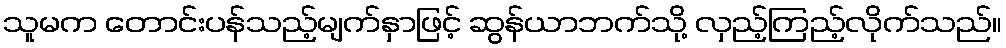
သူမက တောင်းပန်သည့်မျက်နှာဖြင့် ဆွန်ယာဘက်သို့ လှည့်ကြည့်လိုက်သည်။